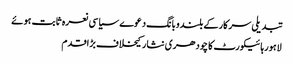
تبدیلی سرکارکے بلندوبانگ دعوے سیاسی نعرہ ثابت ہوئے
لاہورہائیکورٹ کا چودھری نثار کیخلاف بڑاقدم